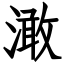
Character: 澉